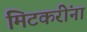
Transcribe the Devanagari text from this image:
मिटकरींना